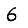
Digit: 6